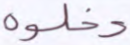
دخلوه